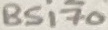
Text: BS170